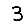
Digit: 3